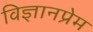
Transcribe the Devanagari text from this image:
विज्ञानप्रेम